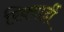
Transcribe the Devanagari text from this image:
रिक्वार्दी